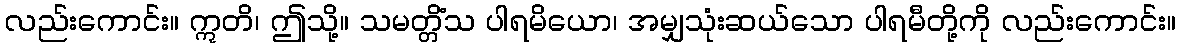
လည်းကောင်း။ ဣတိ၊ ဤသို့။ သမတ္တိံသ ပါရမိယော၊ အမျှသုံးဆယ်သော ပါရမီတို့ကို လည်းကောင်း။